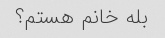
بله خانم هستم؟